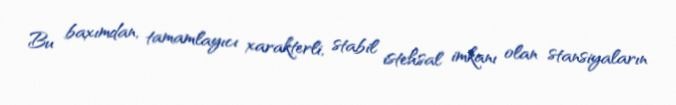
Bu baxımdan, tamamlayıcı xarakterli, stabil istehsal imkanı olan stansiyaların